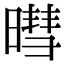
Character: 暳